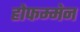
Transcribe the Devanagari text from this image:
होफम्मेन